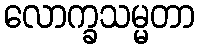
လောက္ခသမ္မတာ